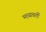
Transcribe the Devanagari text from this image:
मध्‍यवर्ती